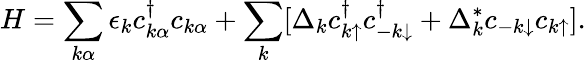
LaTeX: H=\sum_{k\alpha}\epsilon_{k}c_{k\alpha}^{\dagger}c_{k\alpha}+\sum_{k}[\Delta_{k}c_{k\uparrow}^{\dagger}c_{-k\downarrow}^{\dagger}+\Delta_{k}^{*}c_{-k\downarrow}c_{k\uparrow}].